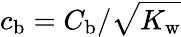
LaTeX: c_{\mathrm{b}}=C_{\mathrm{b}}/\sqrt{K_{\mathrm{w}}}